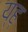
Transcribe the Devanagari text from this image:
य्ह्